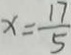
x = \frac { 1 7 } { 5 }